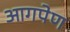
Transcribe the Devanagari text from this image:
आगपेण